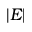
| E |